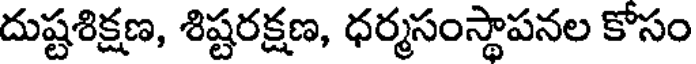
దుష్టశిక్షణ, శిష్టరక్షణ, ధర్మసంస్థాపనల కోసం